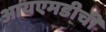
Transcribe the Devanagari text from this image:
आयएमडीची